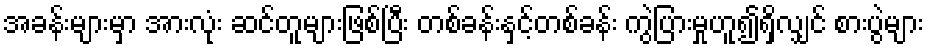
အခန်းများမှာ အားလုံး ဆင်တူများဖြစ်ပြီး တစ်ခန်းနှင့်တစ်ခန်း ကွဲပြားမှုဟူ၍ရှိလျှင် စားပွဲများ